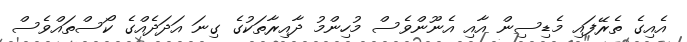
އެއިގެ ތެރޭފައި މެޑިސިން އާއި އެނޫންވެސް މުހިންމު ދާއިރާތަކުގެ ގިނަ އަދަދެއްގެ ކޯސްތައްވެސް